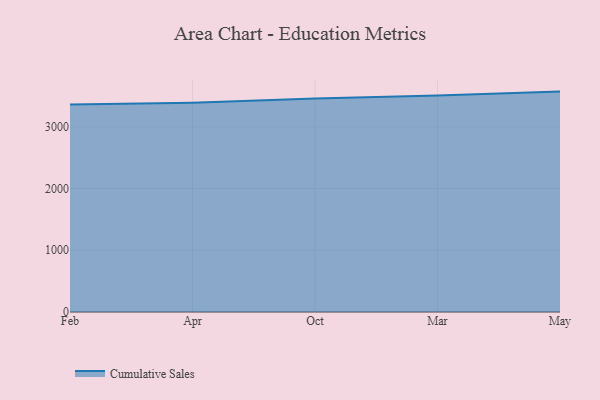
{"axis": {"x": "Month", "y": "Market Share (%)"}, "legend": ["Cumulative Sales"], "data": [{"x": "Feb", "y": 3361.8, "type": "Cumulative Sales"}, {"x": "Apr", "y": 3391.6, "type": "Cumulative Sales"}, {"x": "Oct", "y": 3460.2, "type": "Cumulative Sales"}, {"x": "Mar", "y": 3505.3, "type": "Cumulative Sales"}, {"x": "May", "y": 3570.5, "type": "Cumulative Sales"}]}